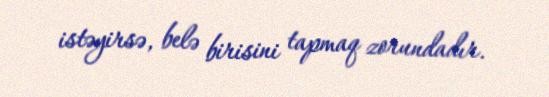
istəyirsə, belə birisini tapmaq zorundadır.